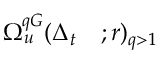
\begin{array} { r l } { \Omega _ { u } ^ { q G } ( \Delta _ { t } } & { { } ; r ) _ { q > 1 } } \end{array}